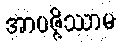
အာပဇ္ဇိဿာမ